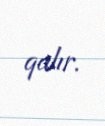
qalır.